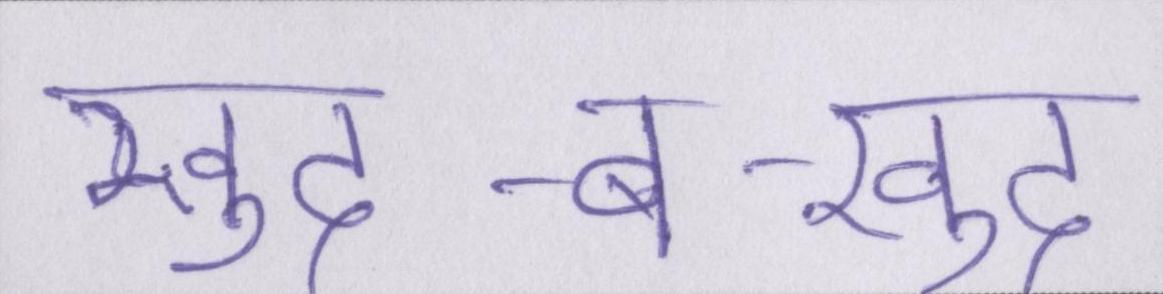
खुद-ब-खुद